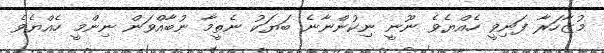
މުޒާހަރާ ފަނިވީ ހެއްޔެވެ ނޫނީ ނިކުންނާނެ ބަޔަކު ނެތީމާ ނުބާއްވަން ނިންމީ ހެއްޔެވެ